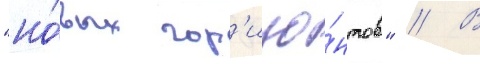
"но́вых гор'изо́нтов" // В